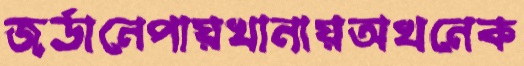
জর্ডানেপায়খানায়অখনেক